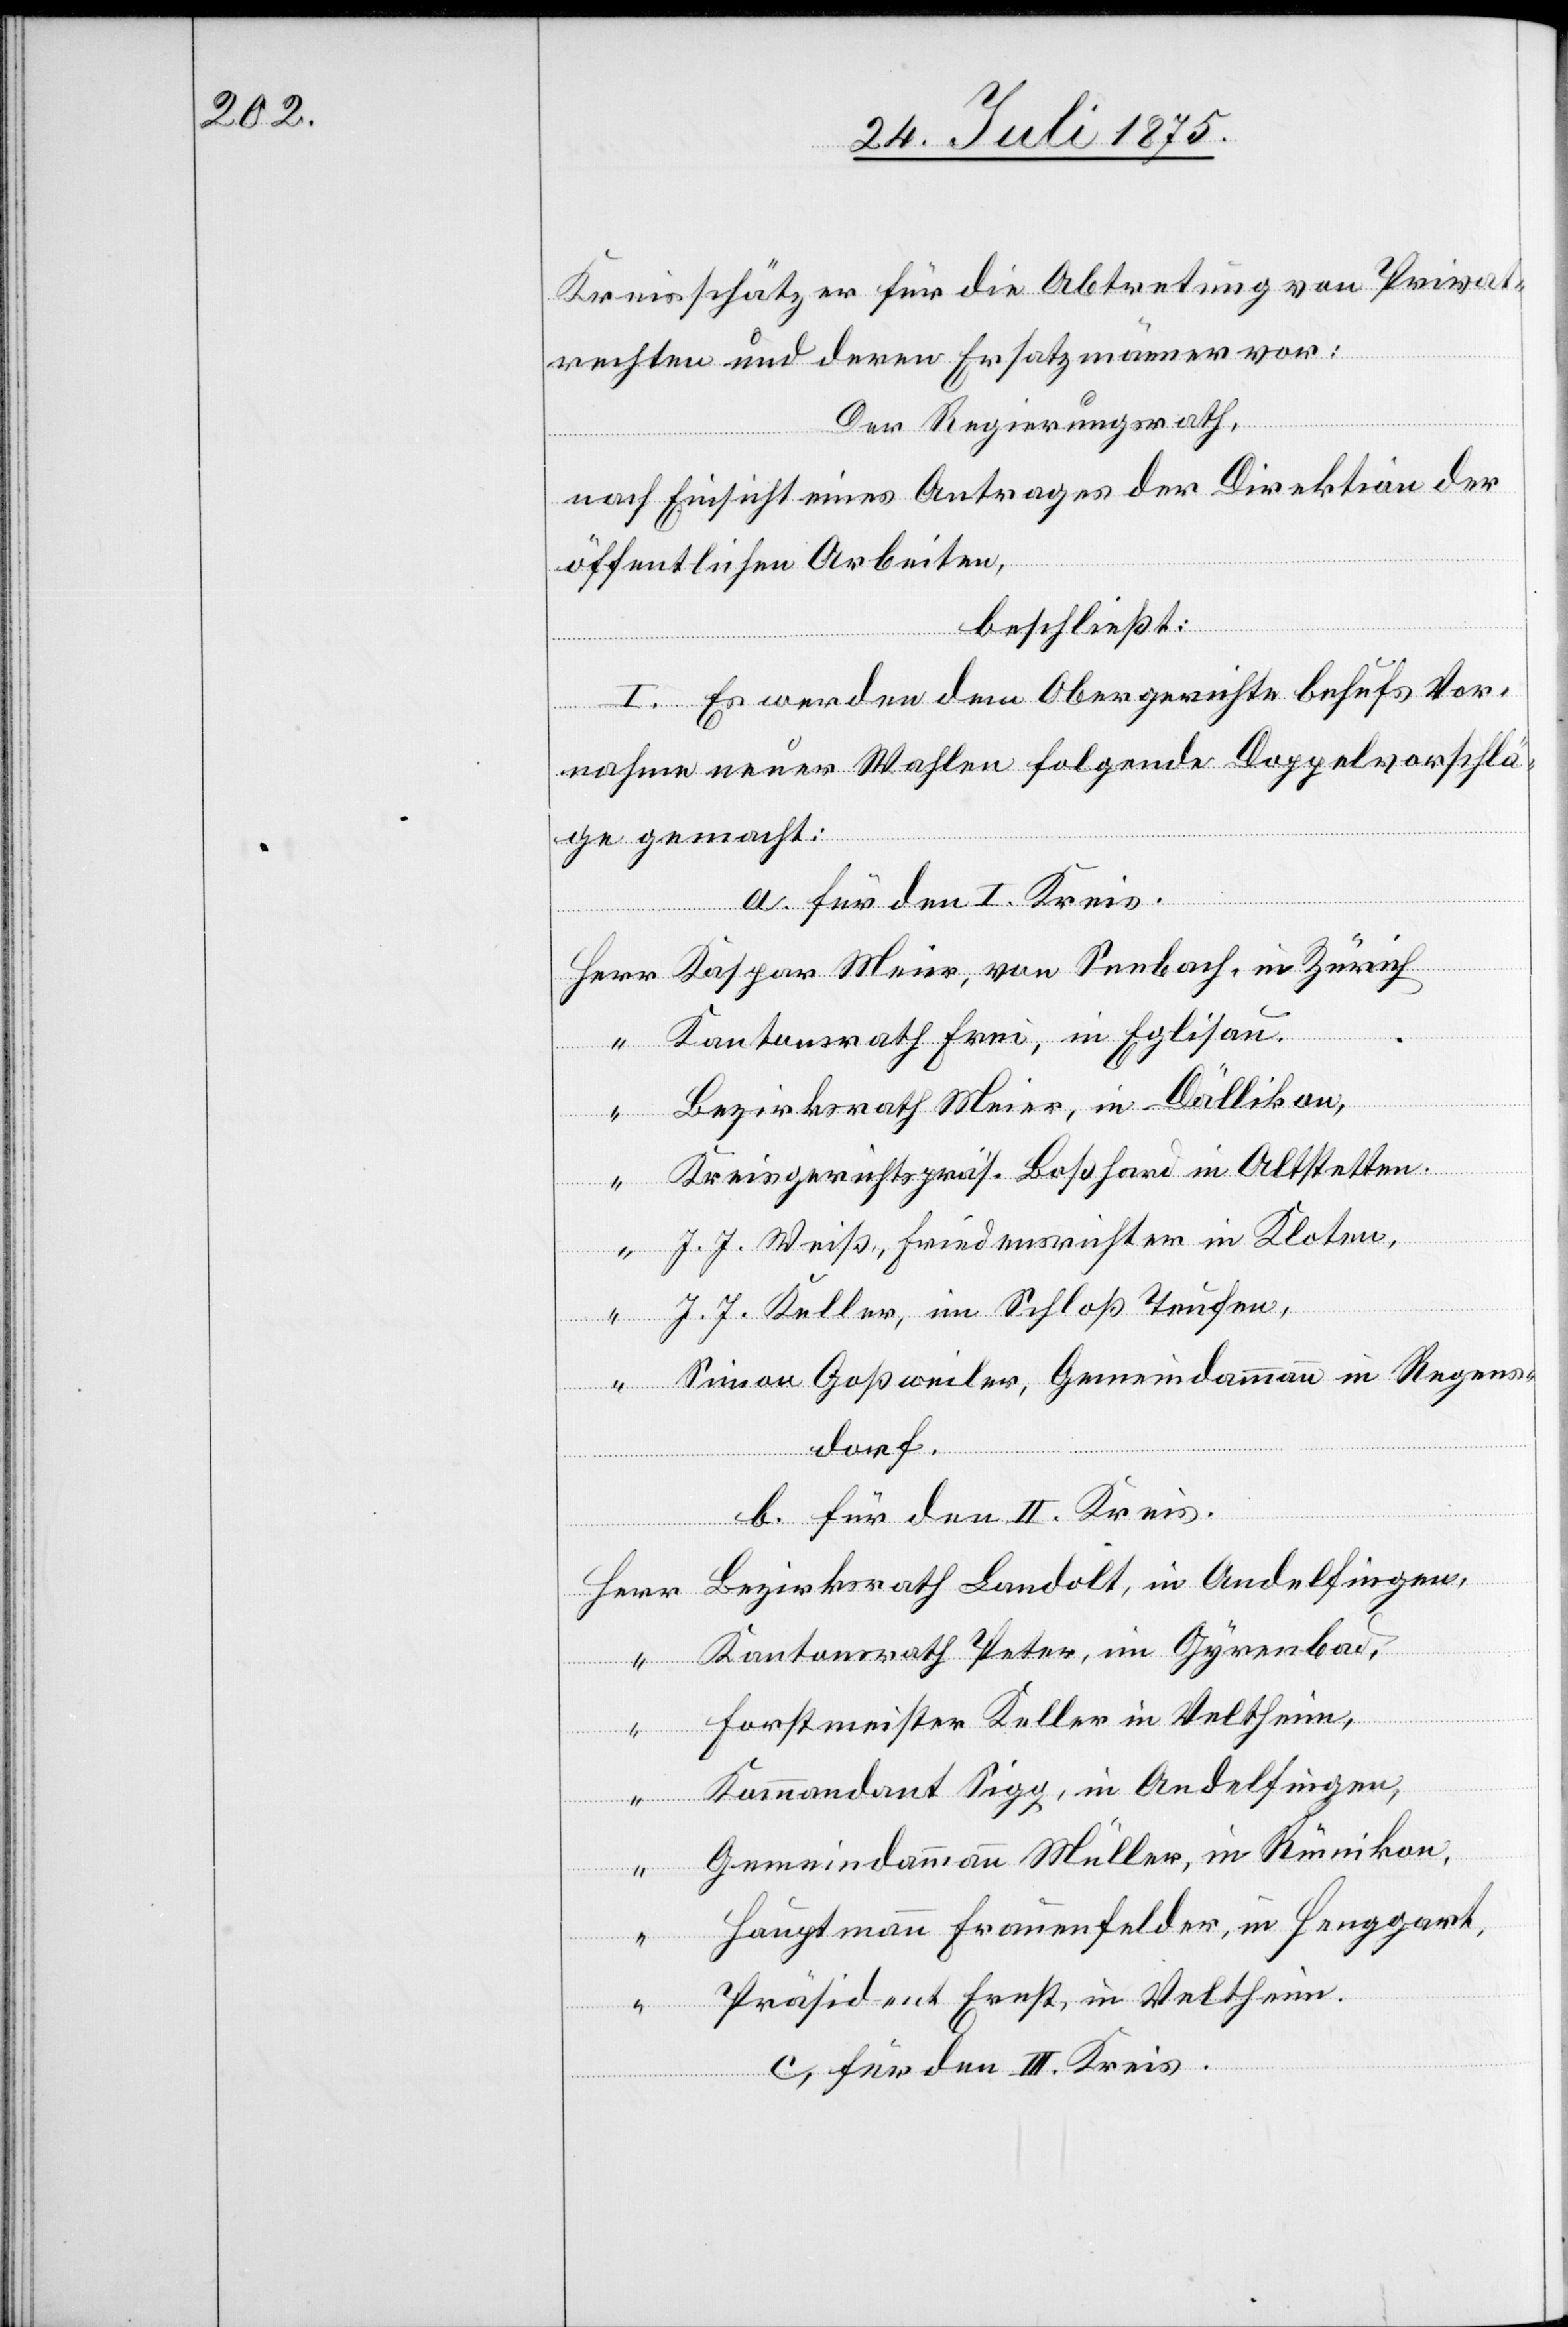
Kreisschätzer für die Abtretung von Privat¬
rechten und deren Ersatzmänner vor:
gen,
Der Regierungsrath,
nach Einsicht eines Antrags der Direktion der
öffentlichen Arbeiten,
beschließt:
I. Es werden dem Obergerichte behufs Vor¬
nahme neuer Wahlen folgende Doppelvorschlä¬
ge gemacht:
a. für den I. Kreis.
Ande¬
Kantonsrath Frei, in Eglisau,
Bezirksrath Meier, in Dällikon,
Kreisgerichtspräs. Boßhard in Altstetten,
J. J. Weiß, Friedensrichter in Kloten,
J. J. Keller, im Schloß Teufen,
Simon Goßweiler, Gemeindammann in Regens¬
dorf.
b. für den II. Kreis.
Herr
Kantonsrath Peter, in Gyrenbad,
lfin¬
in
Forstmeister Keller in Veltheim,
Kommandant Sigg, in Andelfingen,
Gemeindammann Müller, in Rümikon,
Hauptmann Frauenfelder, in Henggart,
“
Präsident Ernst, in Veltheim.
c. für den III. Kreis.